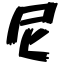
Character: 尼